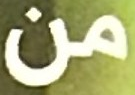
من